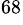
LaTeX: ^{68}